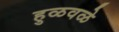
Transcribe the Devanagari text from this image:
हुळवळे